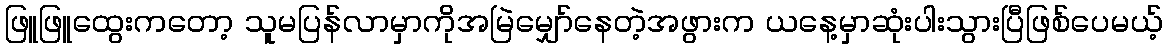
ဖြူဖြူထွေးကတော့ သူမပြန်လာမှာကိုအမြဲမျှော်နေတဲ့အဖွားက ယနေ့မှာဆုံးပါးသွားပြီဖြစ်ပေမယ့်